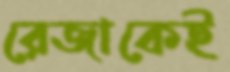
রেজাকেই